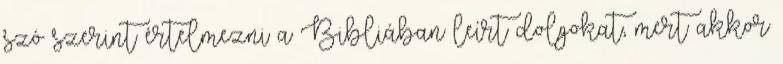
szó szerint értelmezni a Bibliában leírt dolgokat, mert akkor